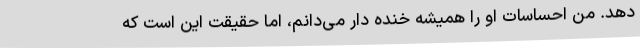
دهد. من احساسات او را همیشه خنده دار می‌دانم، اما حقیقت این است که